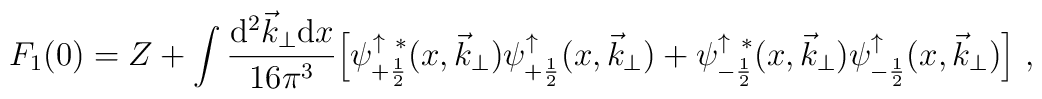
F_1(0) = Z +\int\frac{{\mathrm d}^2 {\vec k}_{\perp} {\mathrm d} x }{16 \pi^3}\Big[ \psi^{\uparrow\ *}_{+\frac{1}{2}}(x,{\vec k}_{\perp})\psi^{\uparrow}_{+\frac{1}{2}}(x,{\vec k}_{\perp})+\psi^{\uparrow\ *}_{-\frac{1}{2}}(x,{\vec k}_{\perp})\psi^{\uparrow}_{-\frac{1}{2}}(x,{\vec k}_{\perp})\Big]\ ,